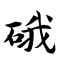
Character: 硪